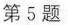
第5题